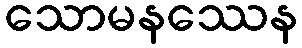
သောမနဿေန